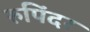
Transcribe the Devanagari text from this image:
रुपिंदर